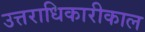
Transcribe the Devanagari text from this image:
उत्तराधिकारीकाल